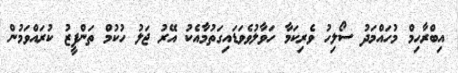
އިބްރާހިމް މުހައްމަދު ސޯލިހު ވެރިކަމާ ހަވާލުވެވަޑައިގަތުމާއެކު އޭރު ޖަލު ހުކުމް ތަންފީޒު ކުރައްވަމުން